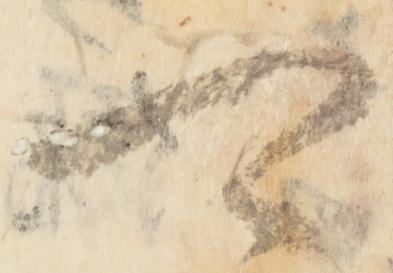
可